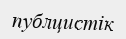
публцистік